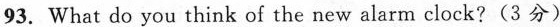
93. What do you think of the new alarm clock?(3 分)